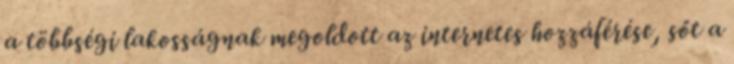
a többségi lakosságnak megoldott az internetes hozzáférése, sőt a